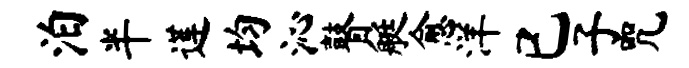
泊半莲均沁瞽艇愈洋已子咒